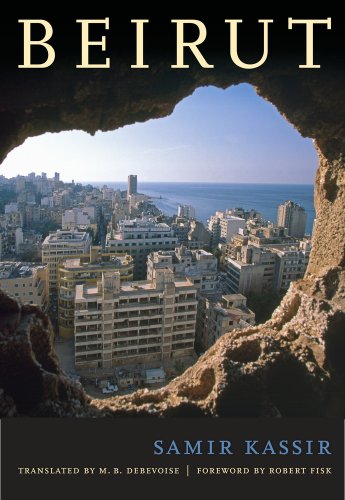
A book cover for Beirut; Samir Kassir; History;